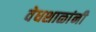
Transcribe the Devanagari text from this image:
वेधशाळांनी